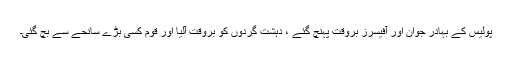
پولیس کے بہادر جوان اور آفیسرز بروقت پہنچ گئے ، دہشت گردوں کو بروقت آلیا اور قوم کسی بڑے سانحے سے بچ گئی۔